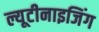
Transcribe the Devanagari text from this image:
ल्यूटीनाइजिंग